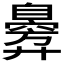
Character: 𫸣